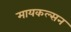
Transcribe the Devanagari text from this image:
मायकल्सन